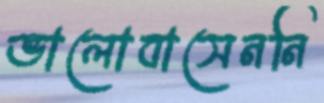
ভালোবাসেননি